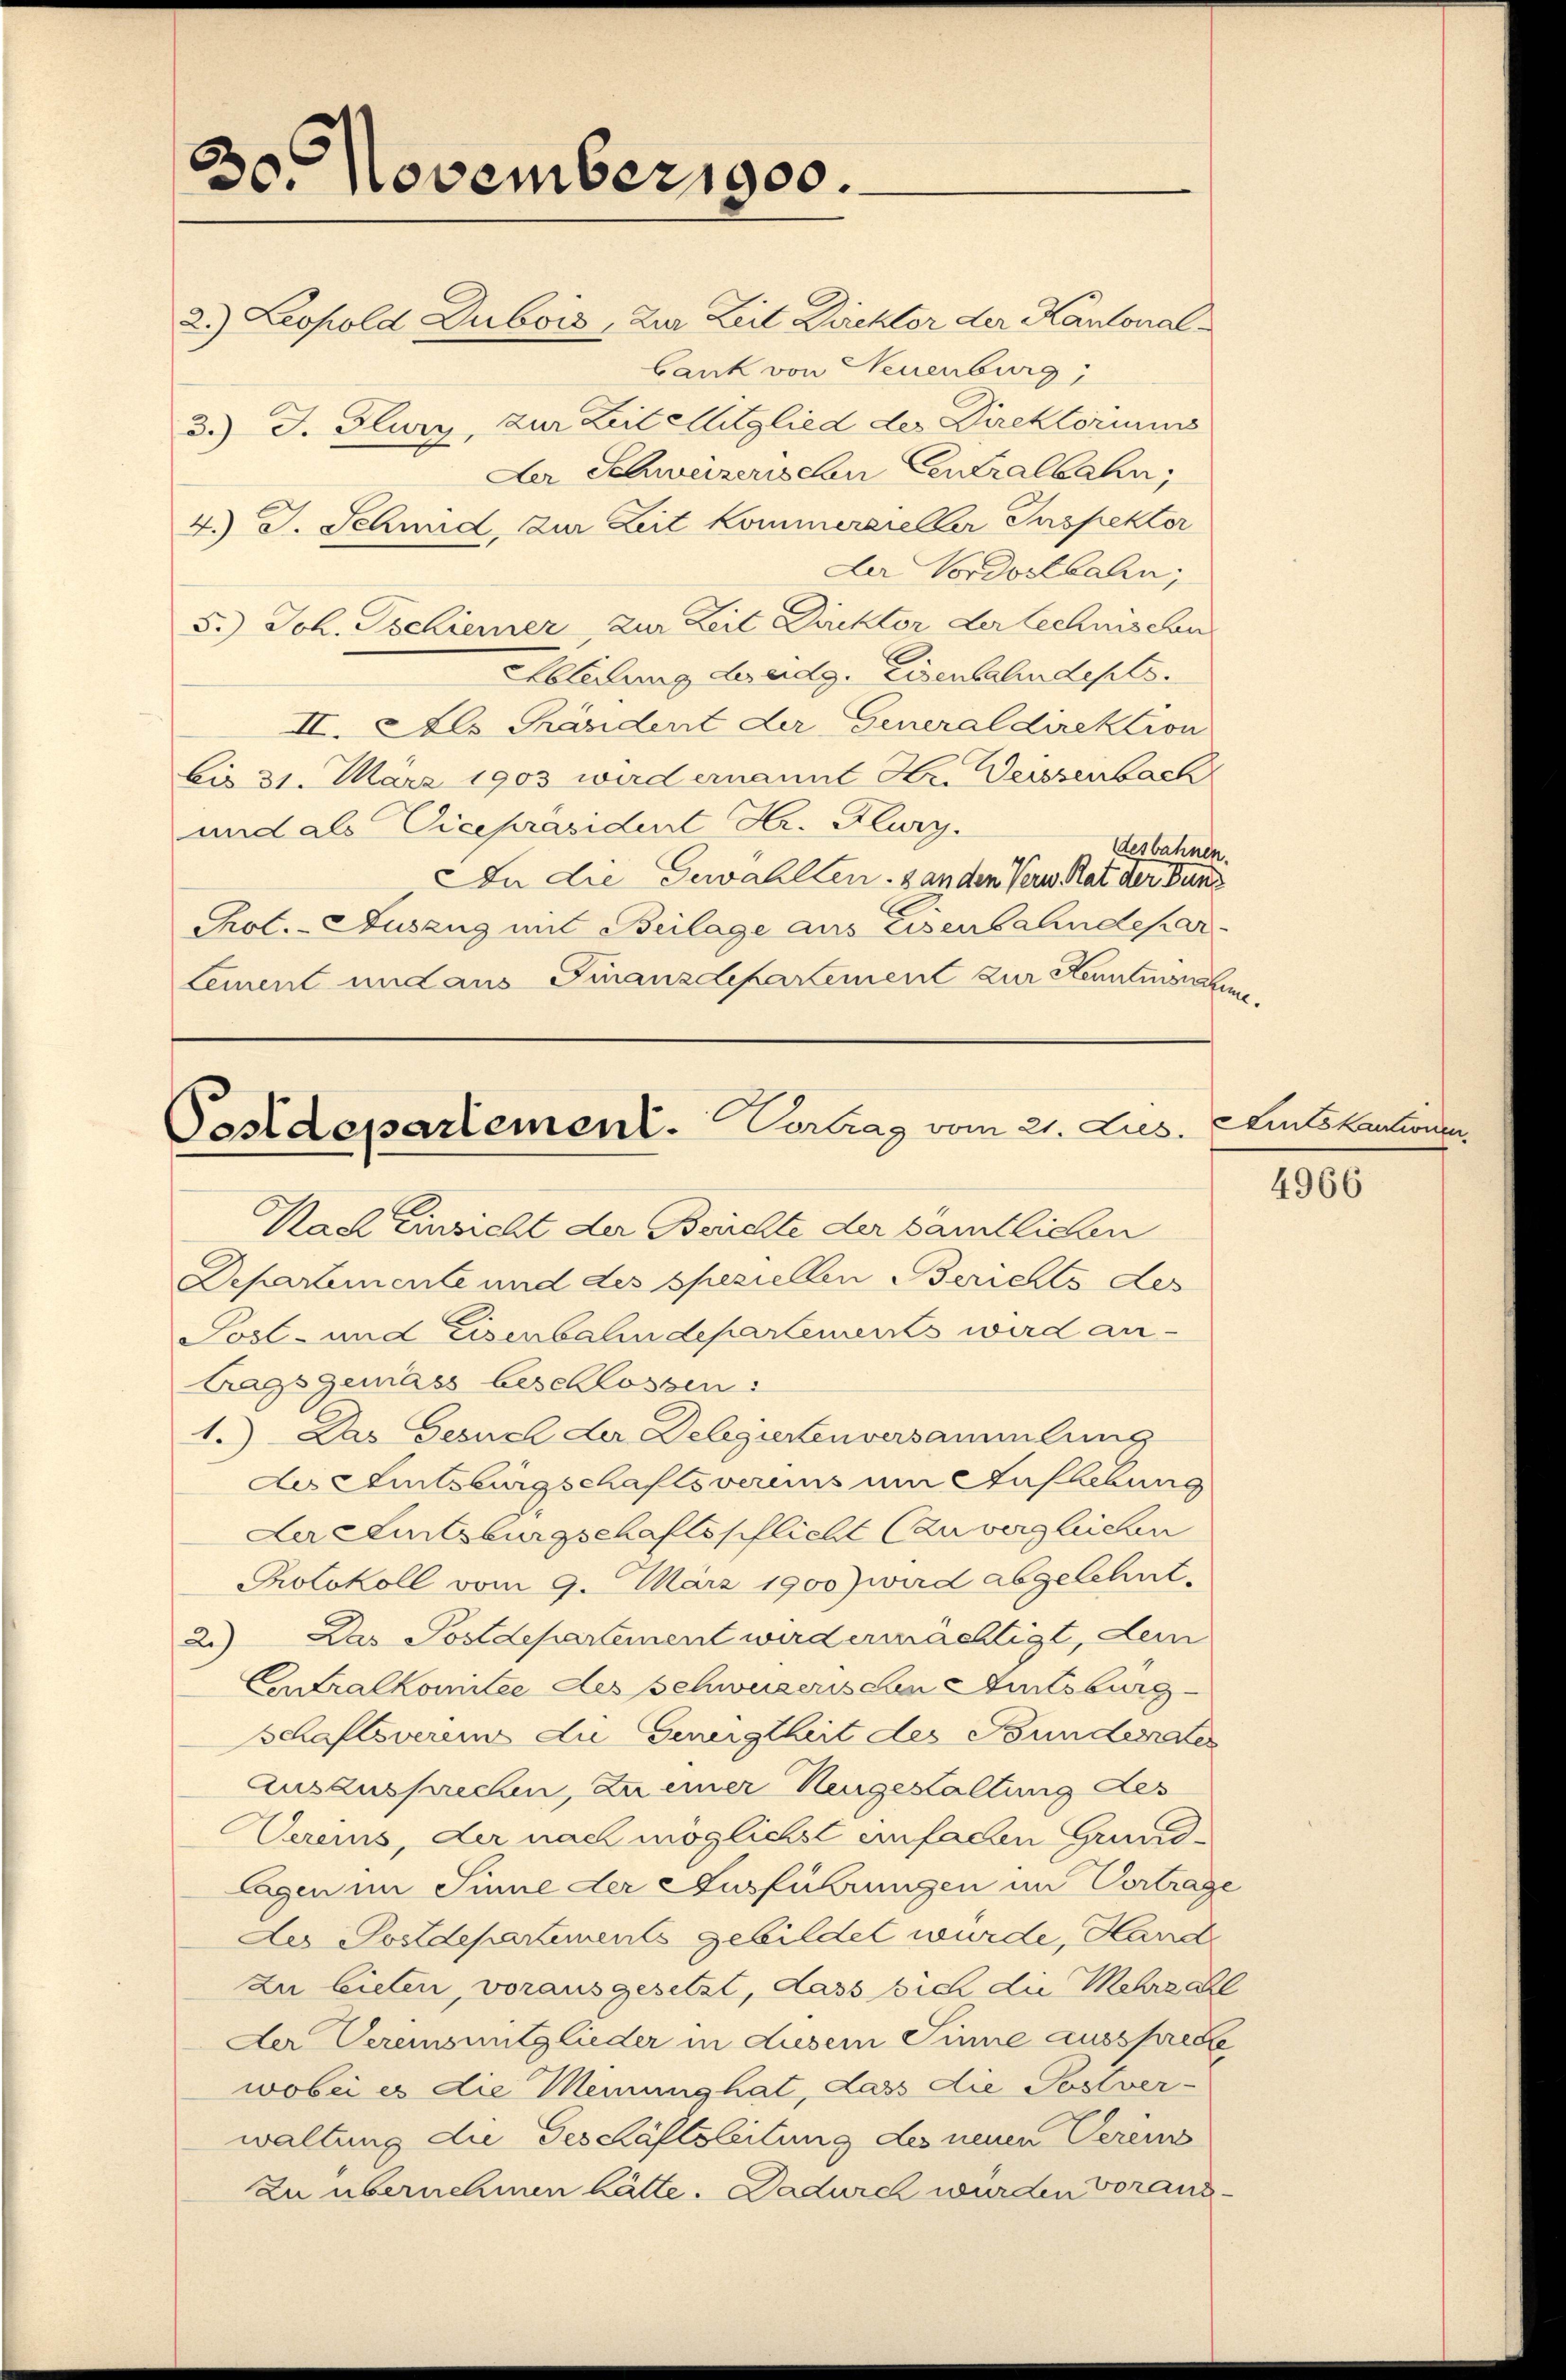
30. November 900.
2.) Leopold Dubois, Zur Zeit Direktor der Kantonal¬

bank von Neuenburg,
3.) J. Flurz, zur Zeit Mitglied der Direktoriums
Der Schweizerischen Centralbahn,
4.) J. Schmid, zur Zeit kommerareller Inspektor
Der Vordostbahn,
5.) Joh. Tschiener, zur Zeit Packtor der technischen
Abteilung deidg. Eisenbahndepts.
II. Als Kändert der Generaldirektion
bis 31. März 1903 wird ernannt Hr. Derssenbach
und als Vicepräsident Hr. Flury.
desbahnen.
An die Gewählten. 8 an den Verw Rat der Bunz
Pol.-Auszug mit Beilage aus Eisenbahndepartement und aus Finanzdepartement zur Rentmachen,

Pestdepartement. Vortrag vom 21. Jus
Nach Einsicht der Berichte der sämtlichen
Departemente und des speziellen Berichts des

Post- und Eisenbahndepartements wird antragsgemäss beschlossen:
1.) Das Gesuch der Delegiertenversammlung
de Eintsburgschaftsverins um Aufhebung
Leclitsburgschaftsschlicht anvergleichen
Protokoll vom 9. März 1900 wird abgelehnt¬
Das Postdepartement wird ermächtigt, dem
2)
Cralkomitee des schweizerischen Amtsburg
Schaftsverein die Geneigtheit des Bundesrates
Auszusprechen, zu einer Hengehaltung des
Vereins, der nach möglichst einfachen Grund-
lagen im Sinne der Ausführungen im Vortrage
Der Postdepartements gebildet wurde, Hand
zu bieten, vorausgesetzt, dass sich die Mehrzahl
Der Vereinsmitglieder in diesem Sinne ausspreche
wobei es die Meinung hat, dass die Postver-
waltung die Geschäftsleitung des neuen Verei
Zu übernehmen hätte. Dadurch wurden Vorans¬

Amtskautionen

4966